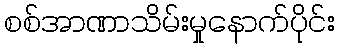
စစ်အာဏာသိမ်းမှုနောက်ပိုင်း